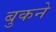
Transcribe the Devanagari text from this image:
बुकने